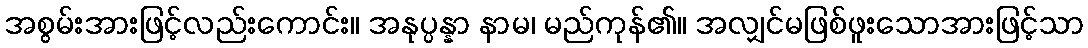
အစွမ်းအားဖြင့်လည်းကောင်း။ အနုပ္ပန္နာ နာမ၊ မည်ကုန်၏။ အလျှင်မဖြစ်ဖူးသောအားဖြင့်သာ